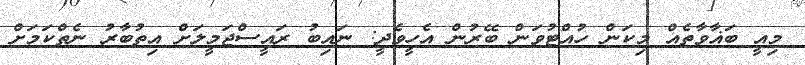
މިއީ ބަޣާވާތެއް މިކަން ހުއްޓުވަން ބޭރުން އެހީވެދީ: ނައިބު ރައީސްޖަމީލަށް އިތުބާރު ނެތްކަމަށް